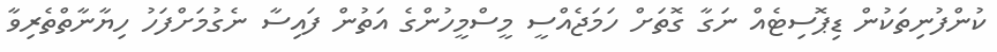
ކުންފުނިތަކުން ޑިޕޮސިޓެއް ނަގާ ގޮތަށް ހަމަޖެއްސީ މީސްމީހުންގެ އަތުން ފައިސާ ނެގުމަށްފަހު ހިޔާނާތްތެރިވާ